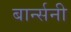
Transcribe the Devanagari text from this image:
बार्न्सनी